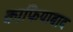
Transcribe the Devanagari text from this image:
काफियाबाद